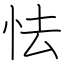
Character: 怯